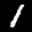
Label: 1